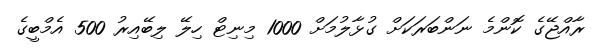
ރާއްޖޭގެ ކޮންމެ ނަންބަރަކަށް ގުޅާލުމަށް 1000 މިނިޓް ހިލޭ ލިބޭއިރު 500 އެމްބީގެ